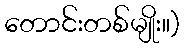
တောင်းတစ်မျိုး။)